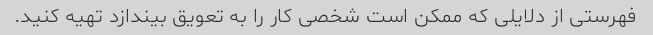
فهرستی از دلایلی که ممکن است شخصی کار را به تعویق بیندازد تهیه کنید.